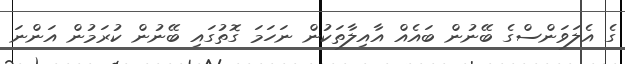
ގެ އެލަވަންސްގެ ބޭނުން ބައެއް އާއިލާތަކުން ނަހަމަ ގޮތުގައި ބޭނުން ކުރަމުން އަންނަ